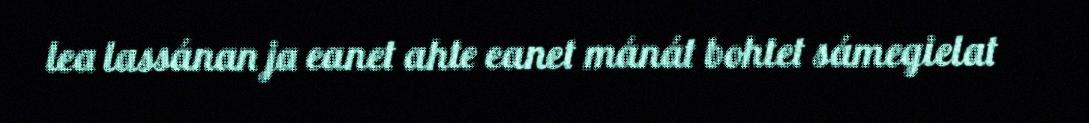
lea lassánan ja eanet ahte eanet mánát bohtet sámegielat